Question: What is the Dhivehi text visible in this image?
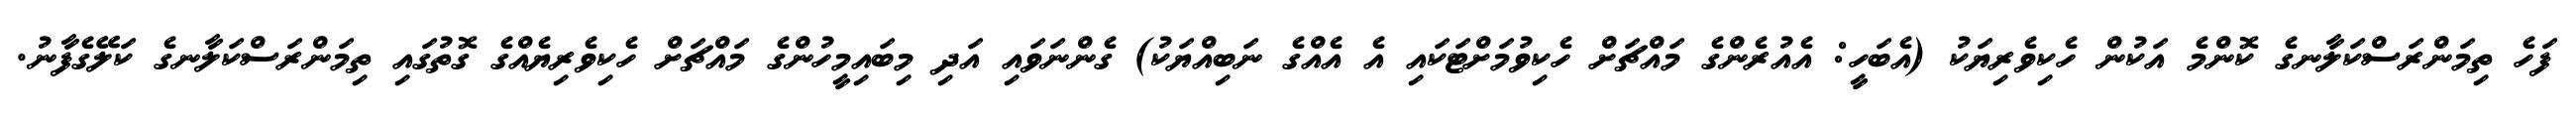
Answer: ފަހެ ތިމަންރަސްކަލާނގެ ކޮންމެ އަކުން ހެކިވެރިޔަކު (އެބަހީ: އެއުރެންގެ މައްޗަށް ހެކިވުމަށްޓަކައި އެ އެއްގެ ނަބިއްޔަކު) ގެންނަވައި އަދި މިބައިމީހުންގެ މައްޗަށް ހެކިވެރިޔެއްގެ ގޮތުގައި ތިމަންރަސްކަލާނގެ ކަލޭގެފާނު.